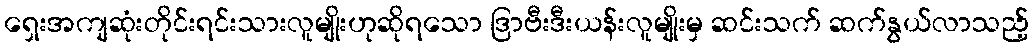
ရှေးအကျဆုံးတိုင်းရင်းသားလူမျိုးဟုဆိုရသော ဒြာဗီးဒီးယန်းလူမျိုးမှ ဆင်းသက် ဆက်နွယ်လာသည့်